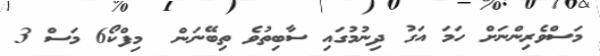
މަސްވެރިންނަށް ހަމަ އަގު ދިނުމުގައި ސާބިތުވެ ތިބޭނަން  މިފްކޯ6 މަސް 3